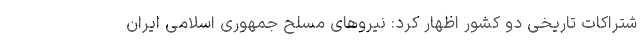
شتراکات تاریخی دو کشور اظهار کرد: نیروهای مسلح جمهوری اسلامی ایران